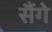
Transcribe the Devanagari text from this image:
सैंगे